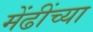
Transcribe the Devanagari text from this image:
मेंढींच्या